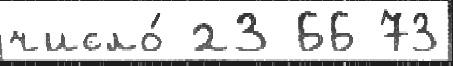
число́ 23 66 73